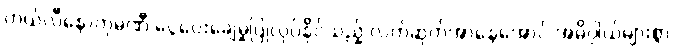
တယ်လီနောကုမ္ပဏီ ငွေပေးချေမှုပြုလုပ်နိုင်သည့် လက်ဆုတ်အာနေအောင် အဓိပ္ပါယ်များစွာ